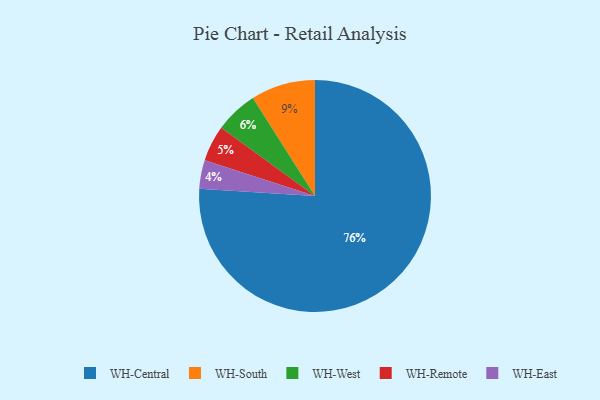
{"axis": {"x": "Category", "y": "Percentage"}, "legend": ["WH-Central", "WH-East", "WH-Remote", "WH-South", "WH-West"], "data": [{"x": "WH-Remote", "y": 5, "type": "WH-Remote"}, {"x": "WH-West", "y": 6, "type": "WH-West"}, {"x": "WH-Central", "y": 76, "type": "WH-Central"}, {"x": "WH-South", "y": 9, "type": "WH-South"}, {"x": "WH-East", "y": 4, "type": "WH-East"}]}